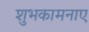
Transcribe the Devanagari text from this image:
शुभकामनाए